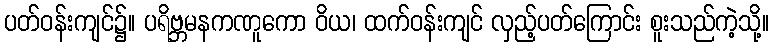
ပတ်ဝန်းကျင်၌။ ပရိဗ္ဘမနကဏူကော ဝိယ၊ ထက်ဝန်းကျင် လှည့်ပတ်ကြောင်း စူးသည်ကဲ့သို့။